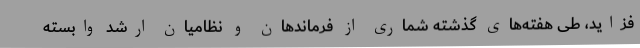
فزاید، طی هفته‌های گذشته شماری از فرماندهان و نظامیان ارشد وابسته